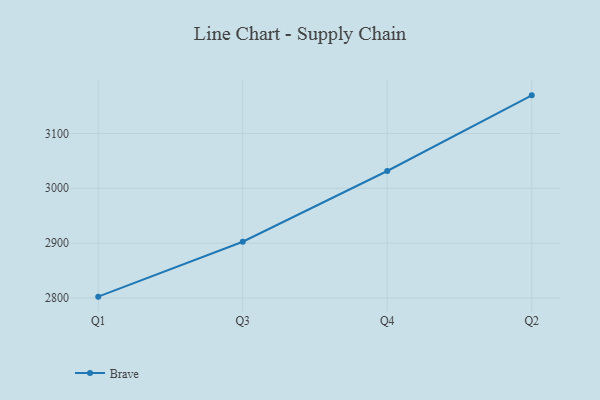
{"axis": {"x": "Quarter", "y": "Active Users"}, "legend": ["Brave"], "data": [{"x": "Q1", "y": 2802.5, "type": "Brave"}, {"x": "Q3", "y": 2902.6, "type": "Brave"}, {"x": "Q4", "y": 3031.5, "type": "Brave"}, {"x": "Q2", "y": 3169.4, "type": "Brave"}]}